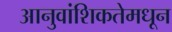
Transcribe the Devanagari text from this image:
आनुवांशिकतेमधून